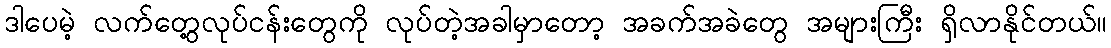
ဒါပေမဲ့ လက်တွေ့လုပ်ငန်းတွေကို လုပ်တဲ့အခါမှာတော့ အခက်အခဲတွေ အများကြီး ရှိလာနိုင်တယ်။